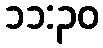
၁၁:၃၀